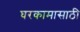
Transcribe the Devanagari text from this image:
घरकामासाठी